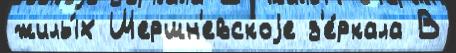
жилы́х Шершн'евскоjе з'е́ркала В